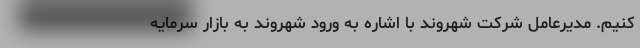
کنیم. مدیرعامل شرکت شهروند با اشاره به ورود شهروند به بازار سرمایه